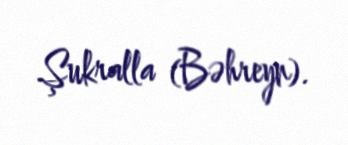
Şukralla (Bəhreyn).